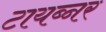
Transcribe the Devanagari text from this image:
टायब्नर